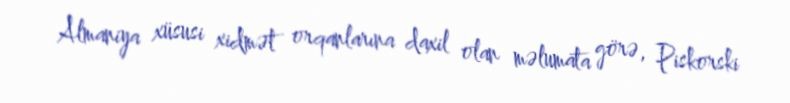
Almaniya xüsusi xidmət orqanlarına daxil olan məlumata görə, Piskorski